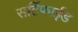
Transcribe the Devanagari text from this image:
सर्टिफाईड